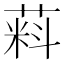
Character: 𬝮